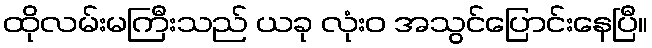
ထိုလမ်းမကြီးသည် ယခု လုံးဝ အသွင်ပြောင်းနေပြီ။